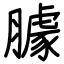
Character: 臄